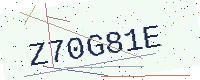
Text: Z70G81E